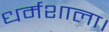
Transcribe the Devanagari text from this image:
धर्मशाला।